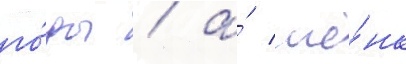
го́ды / а́ ше́нк